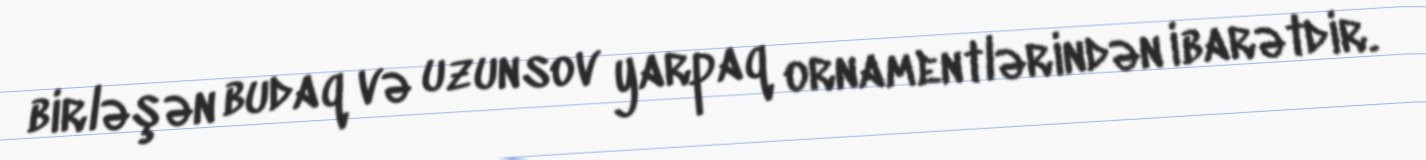
birləşən budaq və uzunsov yarpaq ornamentlərindən ibarətdir.